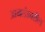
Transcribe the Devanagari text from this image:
आयलंडवरील